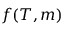
f ( T , m )